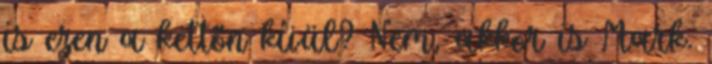
is ezen a kettőn kívül? Nem, akkor is Mark.